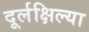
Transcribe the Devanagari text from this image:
दूर्लक्षिल्या